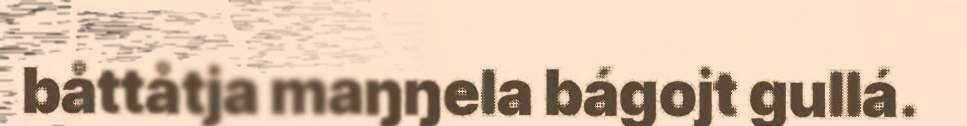
båttåtja maŋŋela bágojt gullá.